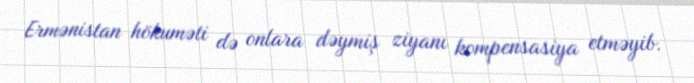
Ermənistan hökuməti də onlara dəymiş ziyanı kompensasiya etməyib.